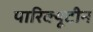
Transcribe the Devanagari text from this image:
पारिक्यूटीन